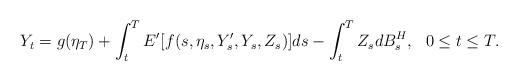
LaTeX: \begin{align*} Y_{t} = g(\eta_{T}) + \int_t^T E'[f(s,\eta_{s},Y_{s}',Y_{s},Z_{s})] ds - \int_t^T Z_{s} dB_{s}^{H}, \ \ 0\leq t\leq T.\end{align*}